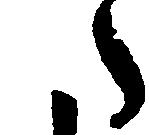
た